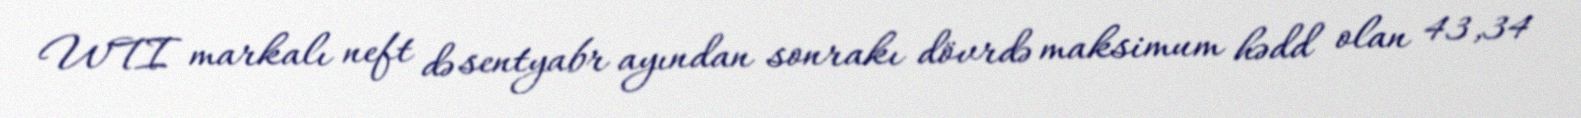
WTI markalı neft də sentyabr ayından sonrakı dövrdə maksimum hədd olan 43,34